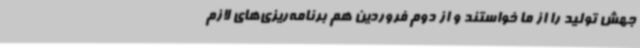
جهش تولید را از ما خواستند و از دوم فروردین هم برنامه‌ریزی‌های لازم